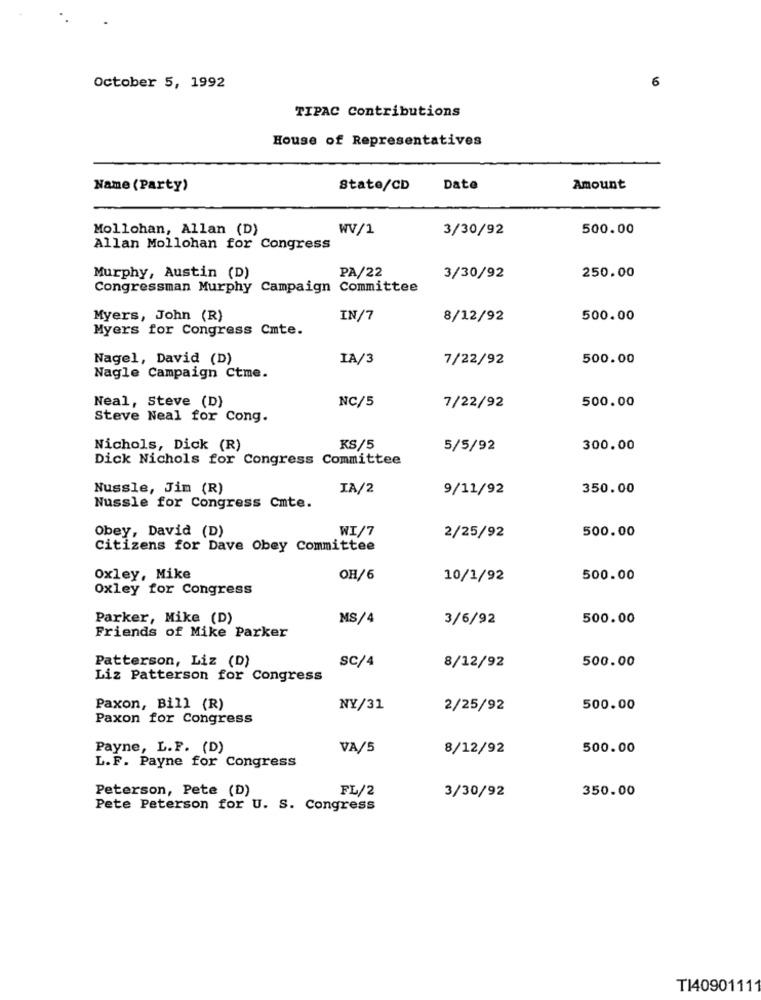
6
October 5, 1992
TIPAC Contributions
House of Representatives
Name (Party)
State/CD
Date
Amount
Mollohan, Allan (D)
WV/1
3/30/92
500.00
Allan Mollohan for Congress
PA/22
Murphy, Austin (D)
3/30/92
250.00
Congressman Murphy Campaign Committee
Myers, John (R)
IN/7
8/12/92
500.00
Myers for Congress Cmte.
Nagel, David (D)
IA/3
7/22/92
500.00
Nagle Campaign Ctme.
Neal, Steve (D)
NC/5
7/22/92
500.00
Steve Neal for Cong.
Nichols, Dick (R)
KS/5
5/5/92
300.00
Dick Nichols for Congress Committee
Nussle, Jim (R)
IA/2
9/11/92
350.00
Nussle for Congress Cmte.
Obey, David (D)
WI/7
500.00
2/25/92
Citizens for Dave Obey Committee
Oxley, Mike
OH/6
10/1/92
500.00
Oxley for Congress
Parker, Mike (D)
MS/4
3/6/92
500.00
Friends of Mike Parker
Patterson, Liz (D)
SC/4
500.00
8/12/92
Liz Patterson for Congress
Paxon, Bill (R)
NY/31
2/25/92
500.00
Paxon for Congress
Payne, L.F. (D)
VA/5
8/12/92
500.00
L.F. Payne for Congress
Peterson, Pete (D)
FL/2
350.00
3/30/92
Pete Peterson for U. S. Congress
T140901111